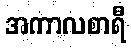
အကာလစာရီ